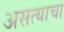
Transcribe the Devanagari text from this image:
असत्याचा